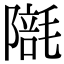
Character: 𣯱